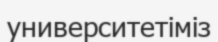
университетіміз